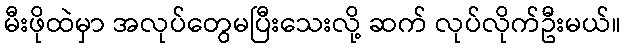
မီးဖိုထဲမှာ အလုပ်တွေမပြီးသေးလို့ ဆက် လုပ်လိုက်ဦးမယ်။